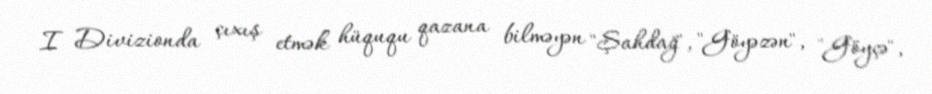
I Divizionda çıxış etmək hüququ qazana bilməyən "Şahdağ", "Göyəzən", "Göyçə",